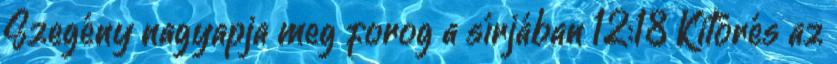
Szegény nagyapja meg forog a sírjában 12:18 Kitörés az